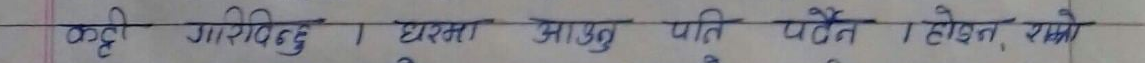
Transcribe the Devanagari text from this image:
कही आरिदिइ । घरमा आउनु प्रति पैटन । होत, यसो